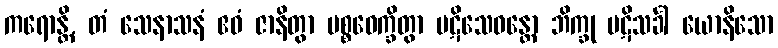
ကရောန္တိ, တံ သေနာသနံ ဧဝံ ဇာနိတွာ ပစ္စဝေက္ခိတွာ ပဋိသေဝန္တော ဘိက္ခု ပဋိသင်္ခါ ယောနိသော